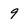
Character: g